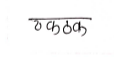
मजकूर: ठकठक